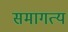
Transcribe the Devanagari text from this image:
समागत्य